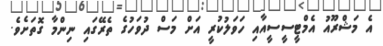
އެ މަޝްރޫއު އެމްޓީސީސީއާއި ހަވަލުކުރީ އަށް މަސް ދުވަހުގެ ތެރޭގައި ނިންމާ ގޮތަށެވެ.